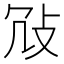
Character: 𢼀